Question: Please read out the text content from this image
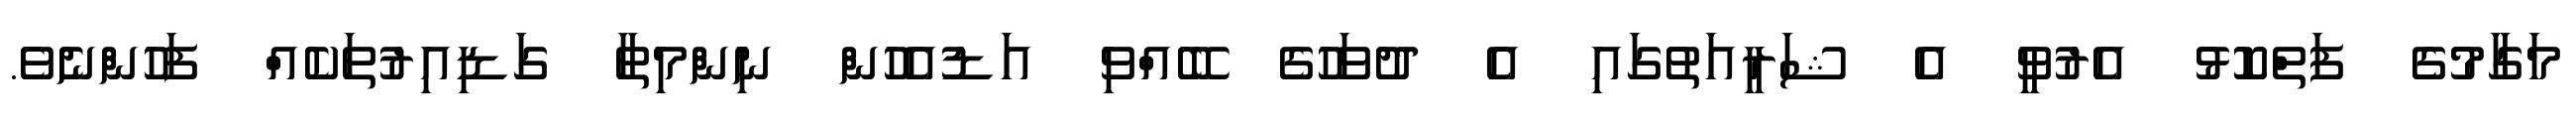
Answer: މަގާމުގެ ފަތްކޮޅު އެރުވީ އެ ޝަރީއަތުގައި އެ ދުވަހުގެ ބޭއްވި އަޑުއެހުން ނިންމިތާ ގަޑިއިރުތަކެއް ފަހުންނެވެ.